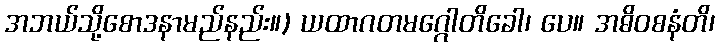
အဘယ်သို့စောဒနာမည်နည်း။) ယထာဂတမဂ္ဂေါတိခေါ၊ ပေ။ အဓိဝစနံတိ၊